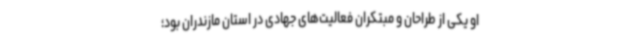
او یکی از طراحان و مبتکران فعالیت‌های جهادی در استان مازندران بود؛